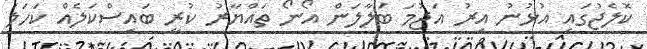
ކޮލެޖުގައި އުޅުނު އިރު އަޖުމަ ބަލާލަން އޯނޯ ތައްޔާރު ކުރީ ބައިސްކަލެއް ކަހަލަ